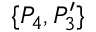
\{ P _ { 4 } , P _ { 3 } ^ { \prime } \}